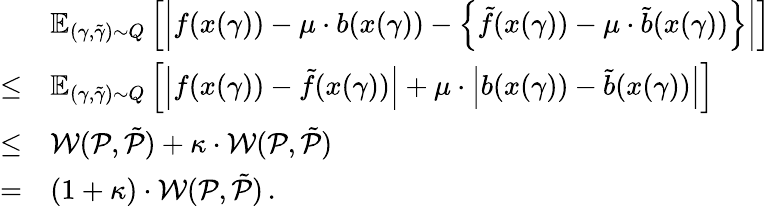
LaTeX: \begin{array}{rl}&{\mathbb{E}_{(\gamma,\tilde{\gamma})\sim Q}\left[\left|f(x(\gamma))-\mu\cdot b(x(\gamma))-\left\{ \tilde{f}(x(\gamma))-\mu\cdot\tilde{b}(x(\gamma))\right\} \right|\right]}\\ {\leq}&{\mathbb{E}_{(\gamma,\tilde{\gamma})\sim Q}\left[\left|f(x(\gamma))-\tilde{f}(x(\gamma))\right|+\mu\cdot\left|b(x(\gamma))-\tilde{b}(x(\gamma))\right|\right]}\\ {\leq}&{\mathcal{W}(\mathcal{P},\tilde{\mathcal{P}})+\kappa\cdot\mathcal{W}(\mathcal{P},\tilde{\mathcal{P}})}\\ {=}&{(1+\kappa)\cdot\mathcal{W}(\mathcal{P},\tilde{\mathcal{P}})\, .}\end{array}